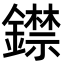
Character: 𨭺